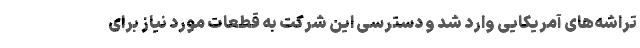
تراشه‌های آمریکایی وارد شد و دسترسی این شرکت به قطعات مورد نیاز برای